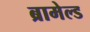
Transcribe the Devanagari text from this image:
ब्रामेल्ड